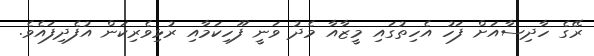
ރޭގެ ހާދިސާއަށް ފަހު އެހިތުގައި މީޒާއާ މެދު ވަނީ ފޫހިކަމާއި ރުޅިވެރިކަން އުފެދިފައެވެ.